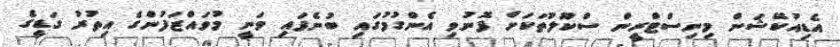
އެޑިއުކޭޝަން މިނިސްޓްރީން ސްކޫލުތަކަށް ފޮނުވި އެންގުމުގައި ބުނެފައި ވަނީ މުވައްޒަފުންގެ އިތުރު ގަޑީގެ